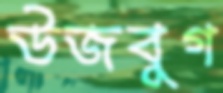
উজবুগ